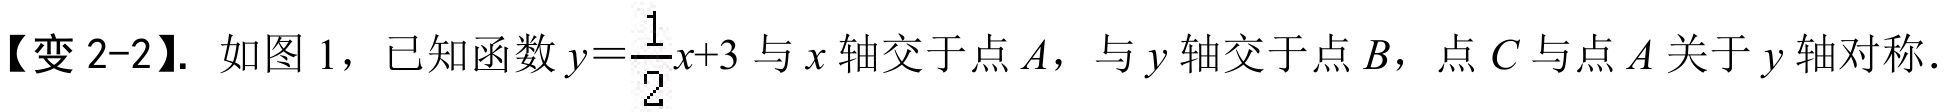
【变 2-2】. 如图 1，已知函数\(y = \frac{1}{2}x + 3\)与\(x\)轴交于点\(A\)，与\(y\)轴交于点\(B\)，点\(C\)与点\(A\)关于\(y\)轴对称.